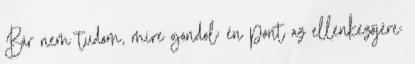
Bár nem tudom, mire gondol; én pont az ellenkezőjére: